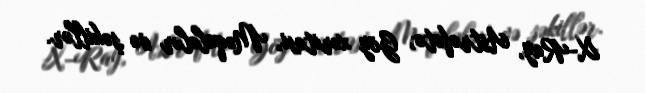
X-Ray, Astrofoto, Göy xəritəsi, Məqalələr və şəkillər.